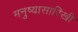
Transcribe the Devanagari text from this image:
मनुष्यासारिखी